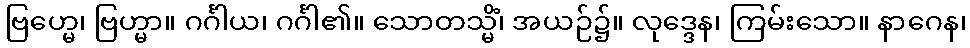
ဗြဟ္မေ၊ ဗြဟ္မာ။ ဂင်္ဂါယ၊ ဂင်္ဂါ၏။ သောတသ္မိံ၊ အယဉ်၌။ လုဒ္ဒေန၊ ကြမ်းသော။ နာဂေန၊